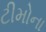
ટીમોના